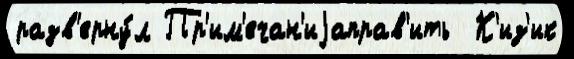
разв'ерну́л Пр'им'ечан'иjаправ'ить  К'из'ик